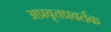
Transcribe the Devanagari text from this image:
अप्रवृत्तप्रवर्तक